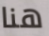
هنا